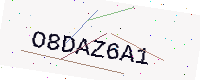
Text: O8DAZ6A1